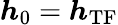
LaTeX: \boldsymbol{h}_{\mathrm{0}}=\boldsymbol{h}_{\mathrm{TF}}